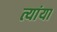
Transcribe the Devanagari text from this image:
त्यांया